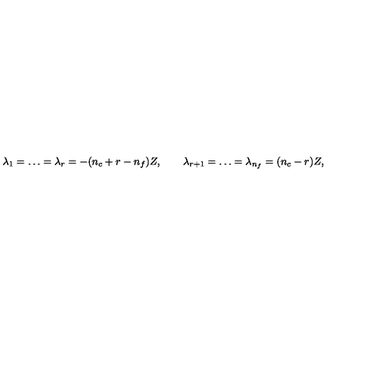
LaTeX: \lambda _ { 1 } = \ldots = \lambda _ { r } = - ( n _ { c } + r - n _ { f } ) Z , \qquad \lambda _ { r + 1 } = \ldots = \lambda _ { n _ { f } } = ( n _ { c } - r ) Z ,